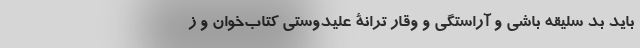
باید بد سلیقه باشی و آراستگی و وقار ترانۀ علیدوستیِ کتاب‌خوان و ز